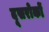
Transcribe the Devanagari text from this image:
दूसरोकों